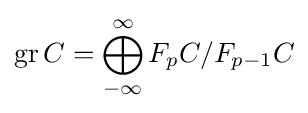
\operatorname {gr} C=\bigoplus _{-\infty }^{\infty }F_{p}C/F_{p-1}C